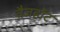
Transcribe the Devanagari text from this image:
वैजहॉट